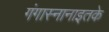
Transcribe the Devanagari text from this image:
गंगास्नानाइतके